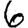
Digit: 6